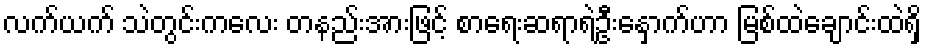
လက်ယက် သဲတွင်းကလေး တနည်းအားဖြင့် စာရေးဆရာရဲ့ဦးနှောက်ဟာ မြစ်ထဲချောင်းထဲရှိ